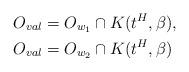
LaTeX: \begin{align*} O_{val}&=O_{w_{1}}\cap K(t^{H},\beta),\\ O_{val}&=O_{w_{2}}\cap K(t^{H},\beta)\end{align*}